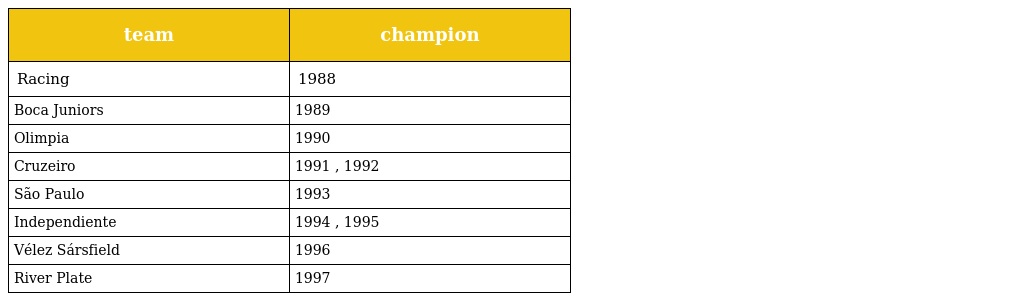
| team | champion |
 | --- | --- |
 | Racing | 1988 |
 | Boca Juniors | 1989 |
 | Olimpia | 1990 |
 | Cruzeiro | 1991 , 1992 |
 | São Paulo | 1993 |
 | Independiente | 1994 , 1995 |
 | Vélez Sársfield | 1996 |
 | River Plate | 1997 |